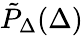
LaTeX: \tilde{P}_{\Delta}(\Delta)